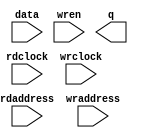
// This program was cloned from: https://github.com/cxdzyq1110/posture_recognition_CNN
// License: GNU General Public License v3.0

// megafunction wizard: %RAM: 2-PORT%VBB%
// GENERATION: STANDARD
// VERSION: WM1.0
// MODULE: altsyncram 

// ============================================================
// Megafunction Name(s):
// 			altsyncram
//
// Simulation Library Files(s):
// 			altera_mf
// ============================================================
// ************************************************************
// THIS IS A WIZARD-GENERATED FILE. DO NOT EDIT THIS FILE!
//
// 14.0.0 Build 200 06/17/2014 SJ Full Version
// ************************************************************

//Copyright (C) 1991-2014 Altera Corporation. All rights reserved.
//Your use of Altera Corporation's design tools, logic functions 
//and other software and tools, and its AMPP partner logic 
//functions, and any output files from any of the foregoing 
//(including device programming or simulation files), and any 
//associated documentation or information are expressly subject 
//to the terms and conditions of the Altera Program License 
//Subscription Agreement, the Altera Quartus II License Agreement,
//the Altera MegaCore Function License Agreement, or other 
//applicable license agreement, including, without limitation, 
//that your use is for the sole purpose of programming logic 
//devices manufactured by Altera and sold by Altera or its 
//authorized distributors.  Please refer to the applicable 
//agreement for further details.

module pd_bbox_mask_ram (
	data,
	rdaddress,
	rdclock,
	wraddress,
	wrclock,
	wren,
	q);

	input	[0:0]  data;
	input	[18:0]  rdaddress;
	input	  rdclock;
	input	[18:0]  wraddress;
	input	  wrclock;
	input	  wren;
	output	[0:0]  q;
`ifndef ALTERA_RESERVED_QIS
// synopsys translate_off
`endif
	tri1	  wrclock;
	tri0	  wren;
`ifndef ALTERA_RESERVED_QIS
// synopsys translate_on
`endif

endmodule

// ============================================================
// CNX file retrieval info
// ============================================================
// Retrieval info: PRIVATE: ADDRESSSTALL_A NUMERIC "0"
// Retrieval info: PRIVATE: ADDRESSSTALL_B NUMERIC "0"
// Retrieval info: PRIVATE: BYTEENA_ACLR_A NUMERIC "0"
// Retrieval info: PRIVATE: BYTEENA_ACLR_B NUMERIC "0"
// Retrieval info: PRIVATE: BYTE_ENABLE_A NUMERIC "0"
// Retrieval info: PRIVATE: BYTE_ENABLE_B NUMERIC "0"
// Retrieval info: PRIVATE: BYTE_SIZE NUMERIC "8"
// Retrieval info: PRIVATE: BlankMemory NUMERIC "1"
// Retrieval info: PRIVATE: CLOCK_ENABLE_INPUT_A NUMERIC "0"
// Retrieval info: PRIVATE: CLOCK_ENABLE_INPUT_B NUMERIC "0"
// Retrieval info: PRIVATE: CLOCK_ENABLE_OUTPUT_A NUMERIC "0"
// Retrieval info: PRIVATE: CLOCK_ENABLE_OUTPUT_B NUMERIC "0"
// Retrieval info: PRIVATE: CLRdata NUMERIC "0"
// Retrieval info: PRIVATE: CLRq NUMERIC "0"
// Retrieval info: PRIVATE: CLRrdaddress NUMERIC "0"
// Retrieval info: PRIVATE: CLRrren NUMERIC "0"
// Retrieval info: PRIVATE: CLRwraddress NUMERIC "0"
// Retrieval info: PRIVATE: CLRwren NUMERIC "0"
// Retrieval info: PRIVATE: Clock NUMERIC "1"
// Retrieval info: PRIVATE: Clock_A NUMERIC "0"
// Retrieval info: PRIVATE: Clock_B NUMERIC "0"
// Retrieval info: PRIVATE: IMPLEMENT_IN_LES NUMERIC "0"
// Retrieval info: PRIVATE: INDATA_ACLR_B NUMERIC "0"
// Retrieval info: PRIVATE: INDATA_REG_B NUMERIC "0"
// Retrieval info: PRIVATE: INIT_FILE_LAYOUT STRING "PORT_B"
// Retrieval info: PRIVATE: INIT_TO_SIM_X NUMERIC "0"
// Retrieval info: PRIVATE: INTENDED_DEVICE_FAMILY STRING "Cyclone V"
// Retrieval info: PRIVATE: JTAG_ENABLED NUMERIC "0"
// Retrieval info: PRIVATE: JTAG_ID STRING "NONE"
// Retrieval info: PRIVATE: MAXIMUM_DEPTH NUMERIC "0"
// Retrieval info: PRIVATE: MEMSIZE NUMERIC "524288"
// Retrieval info: PRIVATE: MEM_IN_BITS NUMERIC "0"
// Retrieval info: PRIVATE: MIFfilename STRING ""
// Retrieval info: PRIVATE: OPERATION_MODE NUMERIC "2"
// Retrieval info: PRIVATE: OUTDATA_ACLR_B NUMERIC "0"
// Retrieval info: PRIVATE: OUTDATA_REG_B NUMERIC "1"
// Retrieval info: PRIVATE: RAM_BLOCK_TYPE NUMERIC "0"
// Retrieval info: PRIVATE: READ_DURING_WRITE_MODE_MIXED_PORTS NUMERIC "2"
// Retrieval info: PRIVATE: READ_DURING_WRITE_MODE_PORT_A NUMERIC "3"
// Retrieval info: PRIVATE: READ_DURING_WRITE_MODE_PORT_B NUMERIC "3"
// Retrieval info: PRIVATE: REGdata NUMERIC "1"
// Retrieval info: PRIVATE: REGq NUMERIC "1"
// Retrieval info: PRIVATE: REGrdaddress NUMERIC "1"
// Retrieval info: PRIVATE: REGrren NUMERIC "1"
// Retrieval info: PRIVATE: REGwraddress NUMERIC "1"
// Retrieval info: PRIVATE: REGwren NUMERIC "1"
// Retrieval info: PRIVATE: SYNTH_WRAPPER_GEN_POSTFIX STRING "0"
// Retrieval info: PRIVATE: USE_DIFF_CLKEN NUMERIC "0"
// Retrieval info: PRIVATE: UseDPRAM NUMERIC "1"
// Retrieval info: PRIVATE: VarWidth NUMERIC "0"
// Retrieval info: PRIVATE: WIDTH_READ_A NUMERIC "1"
// Retrieval info: PRIVATE: WIDTH_READ_B NUMERIC "1"
// Retrieval info: PRIVATE: WIDTH_WRITE_A NUMERIC "1"
// Retrieval info: PRIVATE: WIDTH_WRITE_B NUMERIC "1"
// Retrieval info: PRIVATE: WRADDR_ACLR_B NUMERIC "0"
// Retrieval info: PRIVATE: WRADDR_REG_B NUMERIC "0"
// Retrieval info: PRIVATE: WRCTRL_ACLR_B NUMERIC "0"
// Retrieval info: PRIVATE: enable NUMERIC "0"
// Retrieval info: PRIVATE: rden NUMERIC "0"
// Retrieval info: LIBRARY: altera_mf altera_mf.altera_mf_components.all
// Retrieval info: CONSTANT: ADDRESS_ACLR_B STRING "NONE"
// Retrieval info: CONSTANT: ADDRESS_REG_B STRING "CLOCK1"
// Retrieval info: CONSTANT: CLOCK_ENABLE_INPUT_A STRING "BYPASS"
// Retrieval info: CONSTANT: CLOCK_ENABLE_INPUT_B STRING "BYPASS"
// Retrieval info: CONSTANT: CLOCK_ENABLE_OUTPUT_B STRING "BYPASS"
// Retrieval info: CONSTANT: INTENDED_DEVICE_FAMILY STRING "Cyclone V"
// Retrieval info: CONSTANT: LPM_TYPE STRING "altsyncram"
// Retrieval info: CONSTANT: NUMWORDS_A NUMERIC "524288"
// Retrieval info: CONSTANT: NUMWORDS_B NUMERIC "524288"
// Retrieval info: CONSTANT: OPERATION_MODE STRING "DUAL_PORT"
// Retrieval info: CONSTANT: OUTDATA_ACLR_B STRING "NONE"
// Retrieval info: CONSTANT: OUTDATA_REG_B STRING "CLOCK1"
// Retrieval info: CONSTANT: POWER_UP_UNINITIALIZED STRING "FALSE"
// Retrieval info: CONSTANT: WIDTHAD_A NUMERIC "19"
// Retrieval info: CONSTANT: WIDTHAD_B NUMERIC "19"
// Retrieval info: CONSTANT: WIDTH_A NUMERIC "1"
// Retrieval info: CONSTANT: WIDTH_B NUMERIC "1"
// Retrieval info: CONSTANT: WIDTH_BYTEENA_A NUMERIC "1"
// Retrieval info: USED_PORT: data 0 0 1 0 INPUT NODEFVAL "data[0..0]"
// Retrieval info: USED_PORT: q 0 0 1 0 OUTPUT NODEFVAL "q[0..0]"
// Retrieval info: USED_PORT: rdaddress 0 0 19 0 INPUT NODEFVAL "rdaddress[18..0]"
// Retrieval info: USED_PORT: rdclock 0 0 0 0 INPUT NODEFVAL "rdclock"
// Retrieval info: USED_PORT: wraddress 0 0 19 0 INPUT NODEFVAL "wraddress[18..0]"
// Retrieval info: USED_PORT: wrclock 0 0 0 0 INPUT VCC "wrclock"
// Retrieval info: USED_PORT: wren 0 0 0 0 INPUT GND "wren"
// Retrieval info: CONNECT: @address_a 0 0 19 0 wraddress 0 0 19 0
// Retrieval info: CONNECT: @address_b 0 0 19 0 rdaddress 0 0 19 0
// Retrieval info: CONNECT: @clock0 0 0 0 0 wrclock 0 0 0 0
// Retrieval info: CONNECT: @clock1 0 0 0 0 rdclock 0 0 0 0
// Retrieval info: CONNECT: @data_a 0 0 1 0 data 0 0 1 0
// Retrieval info: CONNECT: @wren_a 0 0 0 0 wren 0 0 0 0
// Retrieval info: CONNECT: q 0 0 1 0 @q_b 0 0 1 0
// Retrieval info: GEN_FILE: TYPE_NORMAL pd_bbox_mask_ram.v TRUE
// Retrieval info: GEN_FILE: TYPE_NORMAL pd_bbox_mask_ram.inc FALSE
// Retrieval info: GEN_FILE: TYPE_NORMAL pd_bbox_mask_ram.cmp FALSE
// Retrieval info: GEN_FILE: TYPE_NORMAL pd_bbox_mask_ram.bsf FALSE
// Retrieval info: GEN_FILE: TYPE_NORMAL pd_bbox_mask_ram_inst.v FALSE
// Retrieval info: GEN_FILE: TYPE_NORMAL pd_bbox_mask_ram_bb.v TRUE
// Retrieval info: LIB_FILE: altera_mf